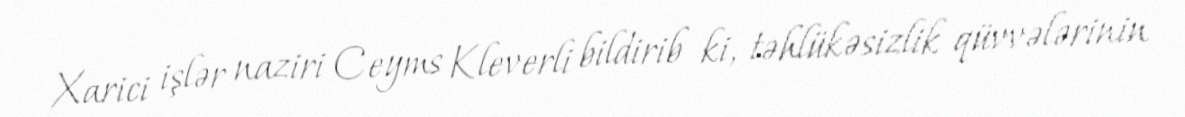
Xarici işlər naziri Ceyms Kleverli bildirib ki, təhlükəsizlik qüvvələrinin